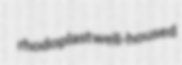
rhodoplast well-housed